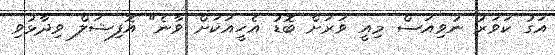
އަގު ކަވަރު ނުވިއަސް މިއީ ވަރަށް ބޮޑު އެހީއަކަށް ވާނެ" އޮފިޝަލް ވިދާޅުވި